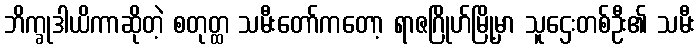
ဘိက္ခုဒါယိကာဆိုတဲ့ စတုတ္ထ သမီးတော်ကတော့ ရာဇဂြိုဟ်မြို့မှာ သူဌေးတစ်ဦး၏ သမီး